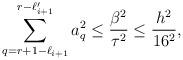
LaTeX: \begin{align*}\sum_{q=r+1-\ell_{i+1}}^{r-\ell_{i+1}'}a_q^2\leq \frac{\beta^2}{\tau^2}\leq \frac{h^2}{16^2},\end{align*}